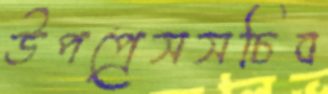
উপপ্রেসসচিব